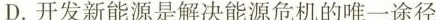
D.开发新能源是解决能源危机的唯一途径